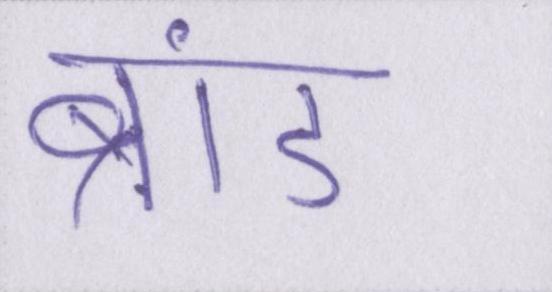
ब्रांड